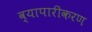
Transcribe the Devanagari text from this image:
व्‍यापारीकरण